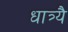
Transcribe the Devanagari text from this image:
धात्र्यै